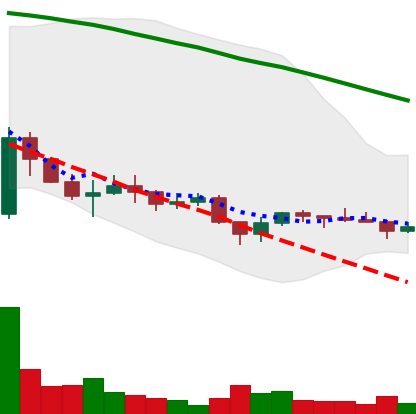
Ticker: ADA-USD
Chart end date: 2022-11-29
Forward return: 4.324%
Label: up_3_5